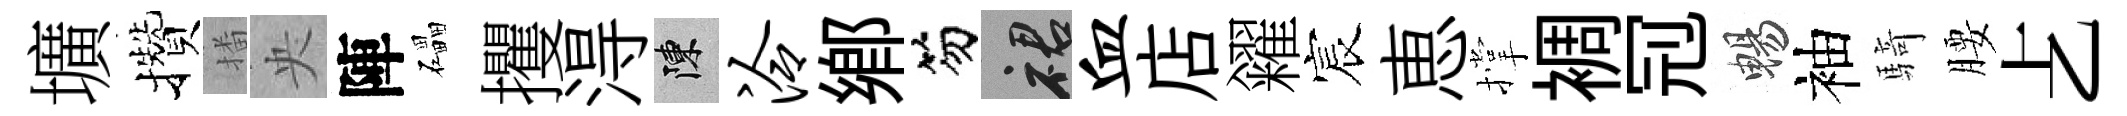
壙攢播央陣礧攫淂陳泠鄕笏裙血店糴宸恵撑裯𠜍暢袖騎腰𠧒